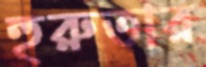
হুরুতার